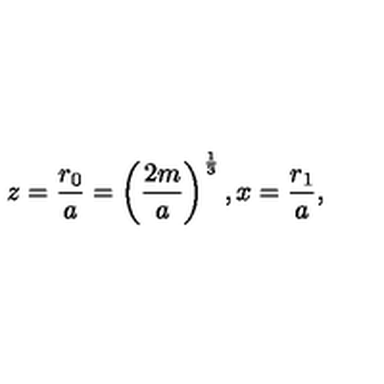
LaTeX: z = \frac { r _ { 0 } } { a } = \left( \frac { 2 m } { a } \right) ^ { \frac { 1 } { 3 } } , x = \frac { r _ { 1 } } { a } ,